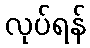
လုပ်ရန်